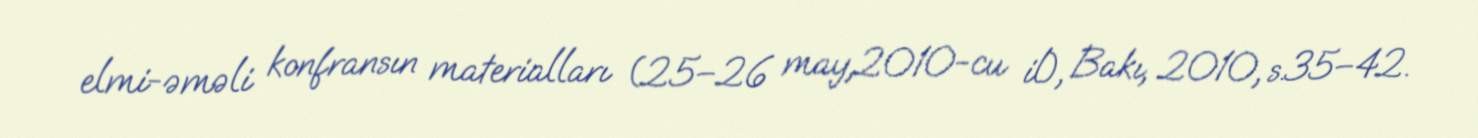
elmi-əməli konfransın materialları (25–26 may,2010-cu il), Bakı, 2010, s.35–42.